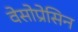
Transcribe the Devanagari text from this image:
वेसोप्रेसिन